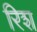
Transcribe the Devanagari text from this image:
रिश